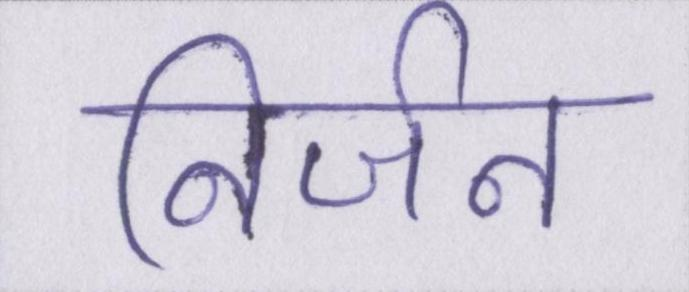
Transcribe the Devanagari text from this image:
निर्जन